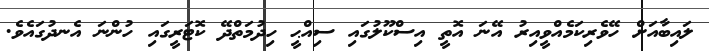
ލައިބާއަށް ހޭވެރިކަމެއްވީއިރު އޭނަ އޮތީ އިސްކޫލުގައި ސިއްޙީ ހިދުމަތްދޭ ކޮޓަރީގައި ހުންނަ އެނދުގައެވެ.